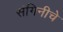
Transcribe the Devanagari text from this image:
संगिनीचे